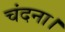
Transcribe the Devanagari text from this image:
चंदना।